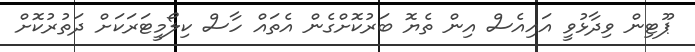
ޕޫޓިން ވިދާޅުވީ އައިއެސް އިން ތެޔޮ ބަރުކޮށްގެން އެތައް ހާސް ކިލޯމީޓަރަކަށް ދަތުރުކޮށް